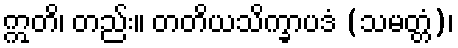
ဣတိ၊ တည်း။ တတိယသိက္ခာပဒံ (သမတ္တံ)၊